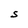
Character: S